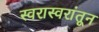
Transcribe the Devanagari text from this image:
स्वरास्वरांतून